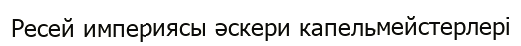
Ресей империясы әскери капельмейстерлері